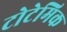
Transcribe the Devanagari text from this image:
टोटेमिक